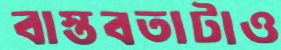
বাস্তবতাটাও